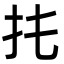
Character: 扥